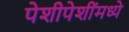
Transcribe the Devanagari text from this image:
पेशीपेशींमध्ये